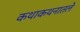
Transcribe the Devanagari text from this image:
कथाकथनातले